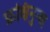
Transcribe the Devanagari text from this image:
फ्रक्षिनुन्क्ष